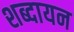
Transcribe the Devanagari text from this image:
शब्दायन